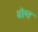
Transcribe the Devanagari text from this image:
बोल्त